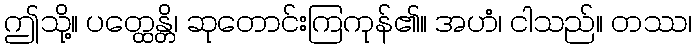
ဤသို့။ ပတ္ထေန္တိ၊ ဆုတောင်းကြကုန်၏။ အဟံ၊ ငါသည်။ တဿ၊